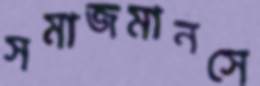
সমাজমানসে